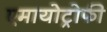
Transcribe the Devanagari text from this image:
एमायोट्रोफी